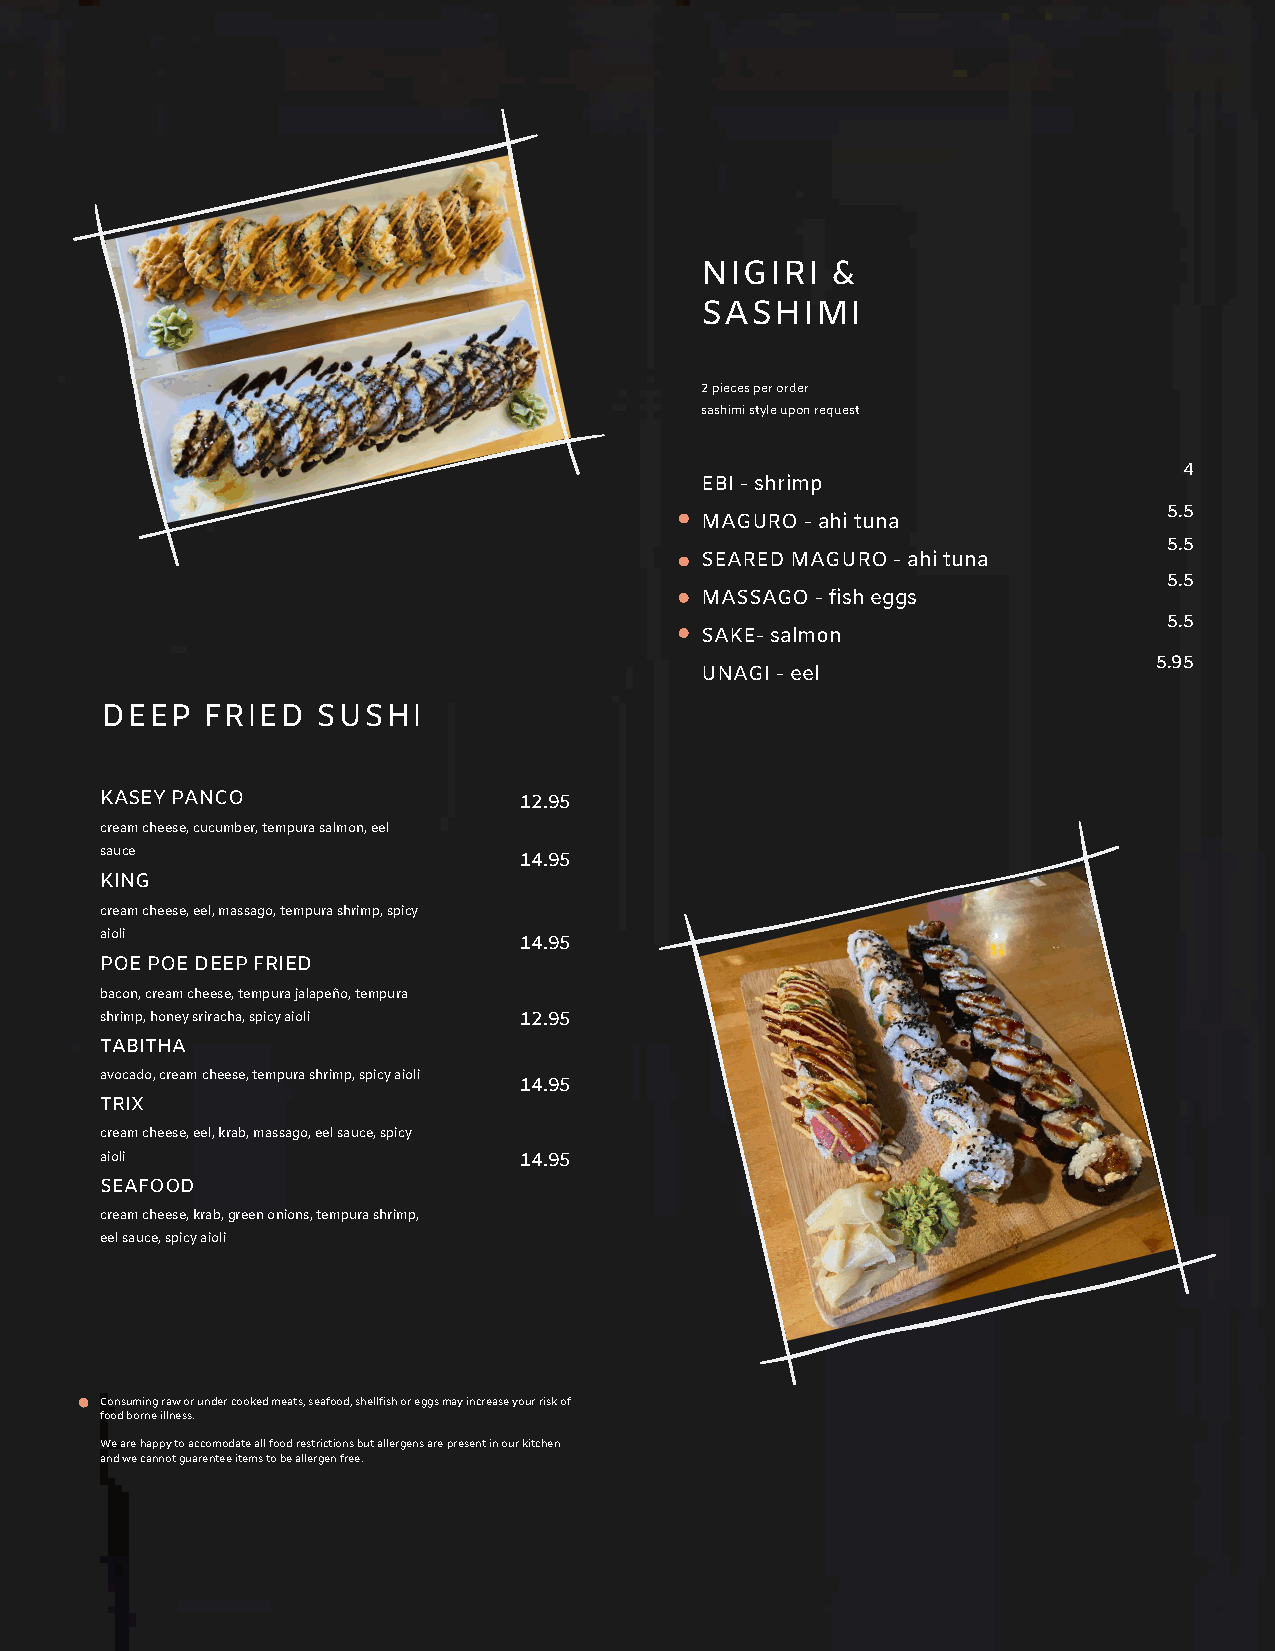
NIGIRI   &
 SASHIMI
 2 pieces per order
 sashimi style upon request
 4
 EBI - shrimp
 5.5
 MAGURO - ahi tuna
 5.5
 SEARED MAGURO - ahi tuna
 5.5
 MASSAGO - fish eggs
 5.5
 SAKE- salmon
 5.95
 UNAGI - eel
 DEEP  FRIED   SUSHI
 KASEY PANCO                12.95
 cream cheese, cucumber, tempura salmon, eel
 sauce
 14.95
 KING
 cream cheese, eel, massago, tempura shrimp, spicy
 aioli
 14.95
 POE POE DEEP FRIED
 bacon, cream cheese, tempura jalapeño, tempura
 shrimp, honey sriracha, spicy aioli 12.95
 TABITHA
 avocado, cream cheese, tempura shrimp, spicy aioli
 14.95
 TRIX
 cream cheese, eel, krab, massago, eel sauce, spicy
 aioli                      14.95
 SEAFOOD
 cream cheese, krab, green onions, tempura shrimp,
 eel sauce, spicy aioli
 Consuming raw or under cooked meats, seafood, shellfish or eggs may increase your risk of
 food borne illness.
 We are happy to accomodate all food restrictions but allergens are present in our kitchen
 and we cannot guarentee items to be allergen free.